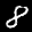
Label: 8